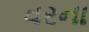
વરના